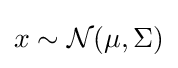
x\sim {\mathcal {N}}(\mu ,\Sigma )